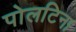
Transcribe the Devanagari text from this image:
पोलटिना